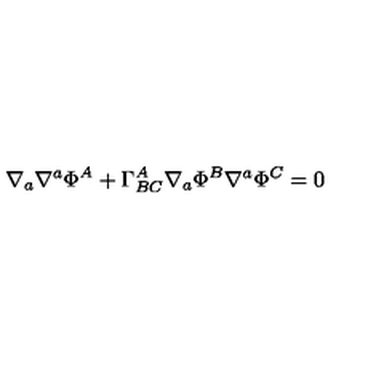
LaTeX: \nabla _ { a } \nabla ^ { a } \Phi ^ { A } + \Gamma _ { B C } ^ { A } \nabla _ { a } \Phi ^ { B } \nabla ^ { a } \Phi ^ { C } = 0